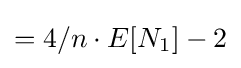
=4/n\cdot E[N_{1}]-2